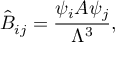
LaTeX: \hat { B } _ { i j } = \frac { \psi _ { i } A \psi _ { j } } { \Lambda ^ { 3 } } ,